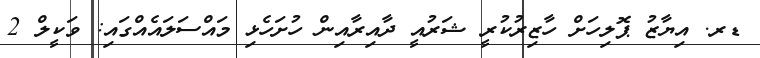
ޑރ. އިޔާޒު ޕޮލިހަށް ހާޒިރުކުރީ ޝަރުއީ ދާއިރާއިން ހުށަހެޅި މައްސަލަައެއްގައި: ވަކީލް 2